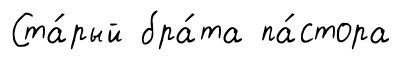
Ста́рый бра́та па́стора